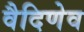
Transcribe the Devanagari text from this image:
वैदिणेव